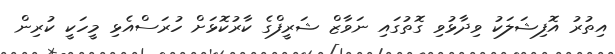
އިތުރު އޮފިޝަލަކު ވިދާޅުވި ގޮތުގައި ނަވާޒް ޝަރީފްގެ ކާރުކޮޅަށް ހުރަސްއެޅި މީހަކީ ކުރިން